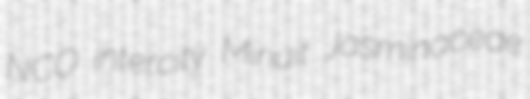
NCO intercity Minuit Jasminaceae